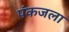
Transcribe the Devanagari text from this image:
पंकजला